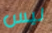
ليس